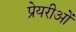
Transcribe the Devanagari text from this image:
प्रेयरीओं